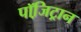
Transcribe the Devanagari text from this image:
पॉजि़ट्रान